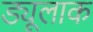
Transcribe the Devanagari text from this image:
ड्यूलाक